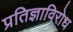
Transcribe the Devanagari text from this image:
प्रतिज्ञाविरोध